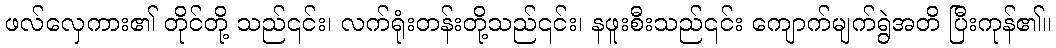
ဖလ်လှေကား၏ တိုင်တို့ သည်၎င်း၊ လက်ရုံးတန်းတို့သည်၎င်း၊ နဖူးစီးသည်၎င်း ကျောက်မျက်ရွဲအတိ ပြီးကုန်၏။